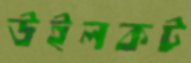
উইলকট